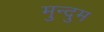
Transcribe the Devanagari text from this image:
मुन्दुम